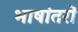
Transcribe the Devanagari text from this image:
भाषांतरों